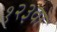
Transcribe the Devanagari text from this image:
१२३वॉ